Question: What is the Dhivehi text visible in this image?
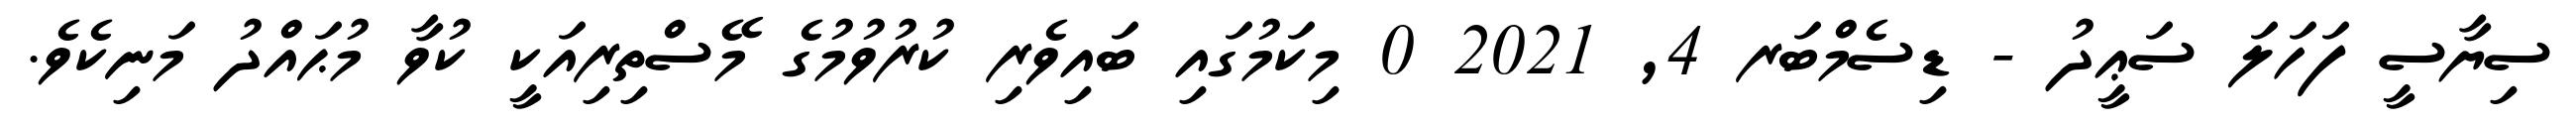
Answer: ސިޔާސީ ފަހަލަ ސަޢީދު - ޑިސެމްބަރ 4, 2021 0 މިކަމުގައި ބައިވެރި ކުރުވުމުގެ މޭސްތިރިއަކީ ކުވާ މުޙައްދު މަނިކެވެ.